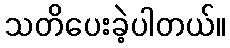
သတိပေးခဲ့ပါတယ်။